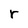
Character: r